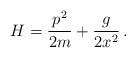
LaTeX: \begin{align*}H= {p^2\over 2m} + {g\over 2x^2}\,.\end{align*}